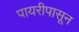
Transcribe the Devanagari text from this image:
पायरीपासून